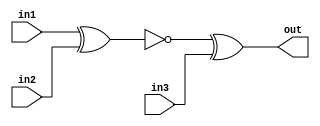
module top_module (
    input in1,
    input in2,
    input in3,
    output out);

    wire not_xor;
    
    assign not_xor = ~(in1 ^ in2);
    assign out = not_xor ^ in3;
    
endmodule